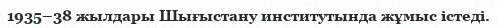
1935–38 жылдары Шығыстану институтында жұмыс істеді.